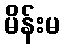
မိန်းမ